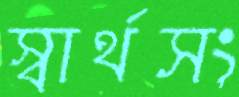
স্বার্থসং